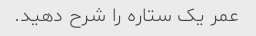
عمر یک ستاره را شرح دهید.